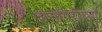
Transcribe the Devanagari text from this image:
तारागिरीच्या